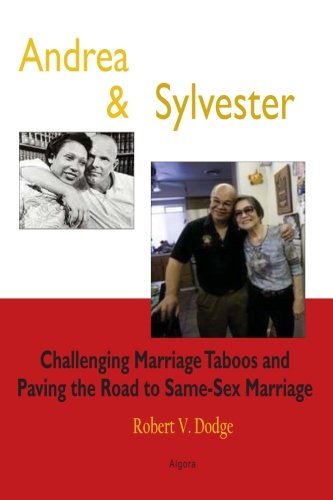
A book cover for Andrea and Sylvester: Challenging Marriage Taboos and Paving the Road to Same-Sex Marriage; Robert V. Dodge; Law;